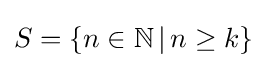
S=\{n\in \mathbb {N} \,|\,n\geq k\}